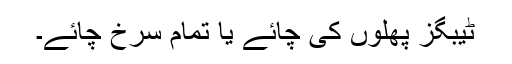
ٹیبگز پھلوں کی چائے یا تمام سرخ چائے۔